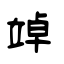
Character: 竨